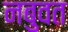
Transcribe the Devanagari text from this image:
नबुवत